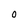
Character: 0